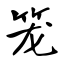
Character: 笼